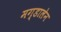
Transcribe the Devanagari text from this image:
मग्डालेन